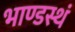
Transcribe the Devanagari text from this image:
भाण्डस्थं